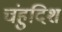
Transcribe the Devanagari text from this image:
चंहुदिश